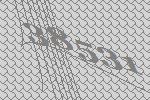
38531